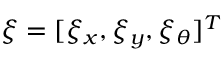
\boldsymbol { \xi } = [ \xi _ { x } , \xi _ { y } , \xi _ { \theta } ] ^ { T }